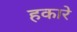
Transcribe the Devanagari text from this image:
हकारे